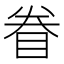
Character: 眷